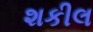
શકીલ